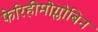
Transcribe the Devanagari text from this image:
फेरिहीमोग्लोबिन